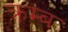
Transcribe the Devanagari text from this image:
क्रम्ब